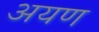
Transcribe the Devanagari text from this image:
अयण